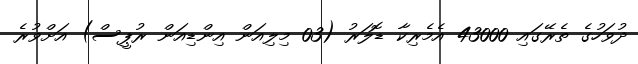
ދުވަހުގެ ތެރޭގައި 43000 އެމެރިކާ ޑޮލަރު (03 މިލިއަން އިންޑިއަން ރުޕީސް) އަށްވުރެ